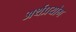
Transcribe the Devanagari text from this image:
अर्थप्रयोग